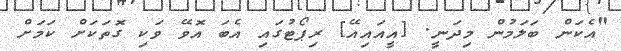
"އެކަން ބަލަމުން މިދަނީ. [އީއައިއޭ] ރިޕޯޓުގައި އެބަ އޮވޭ ވަކި ގޮތަކަށް ކަމަށް